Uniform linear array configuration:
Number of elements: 4
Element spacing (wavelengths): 0.25
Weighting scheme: hamming
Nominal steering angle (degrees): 0
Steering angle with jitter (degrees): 0.149
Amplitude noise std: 0.05
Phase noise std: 0.05

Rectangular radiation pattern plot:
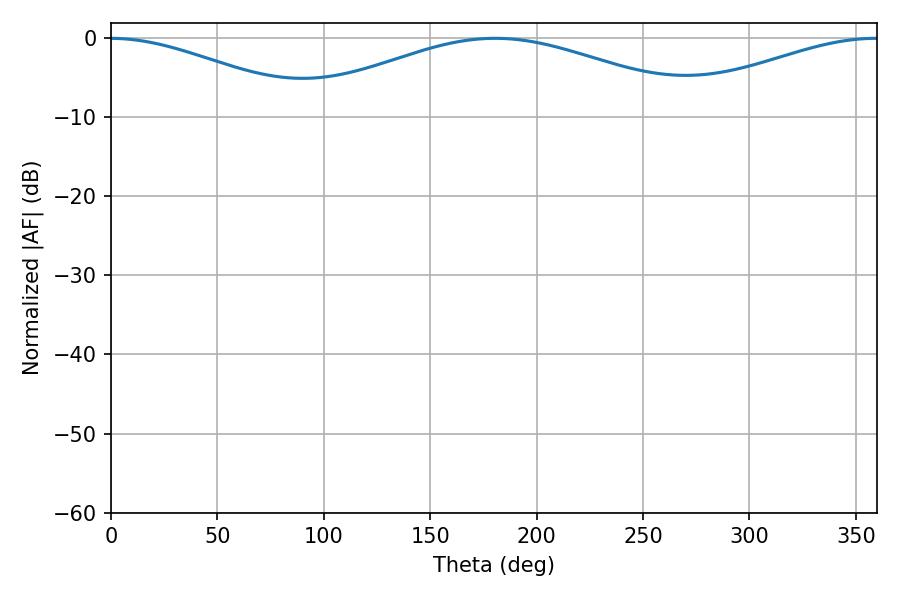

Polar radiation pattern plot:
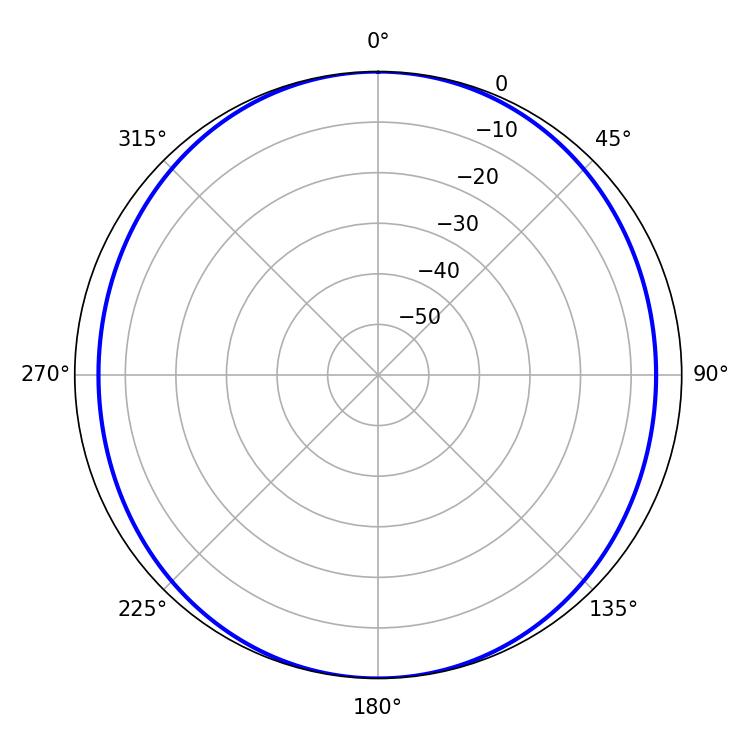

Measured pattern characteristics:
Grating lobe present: FALSE
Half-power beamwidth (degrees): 104.22
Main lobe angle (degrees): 180.54